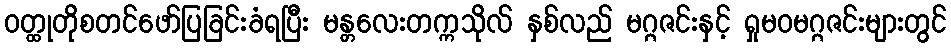
ဝတ္ထုတိုစတင်ဖော်ပြခြင်းခံရပြီး မန္တလေးတက္ကသိုလ် နှစ်လည် မဂ္ဂဇင်းနှင့် ရှုမဝမဂ္ဂဇင်းများတွင်